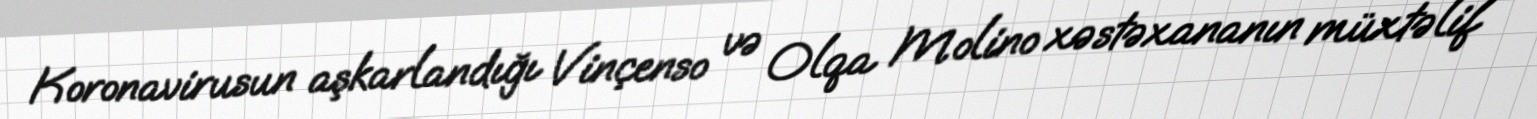
Koronavirusun aşkarlandığı Vinçenso və Olqa Molino xəstəxananın müxtəlif